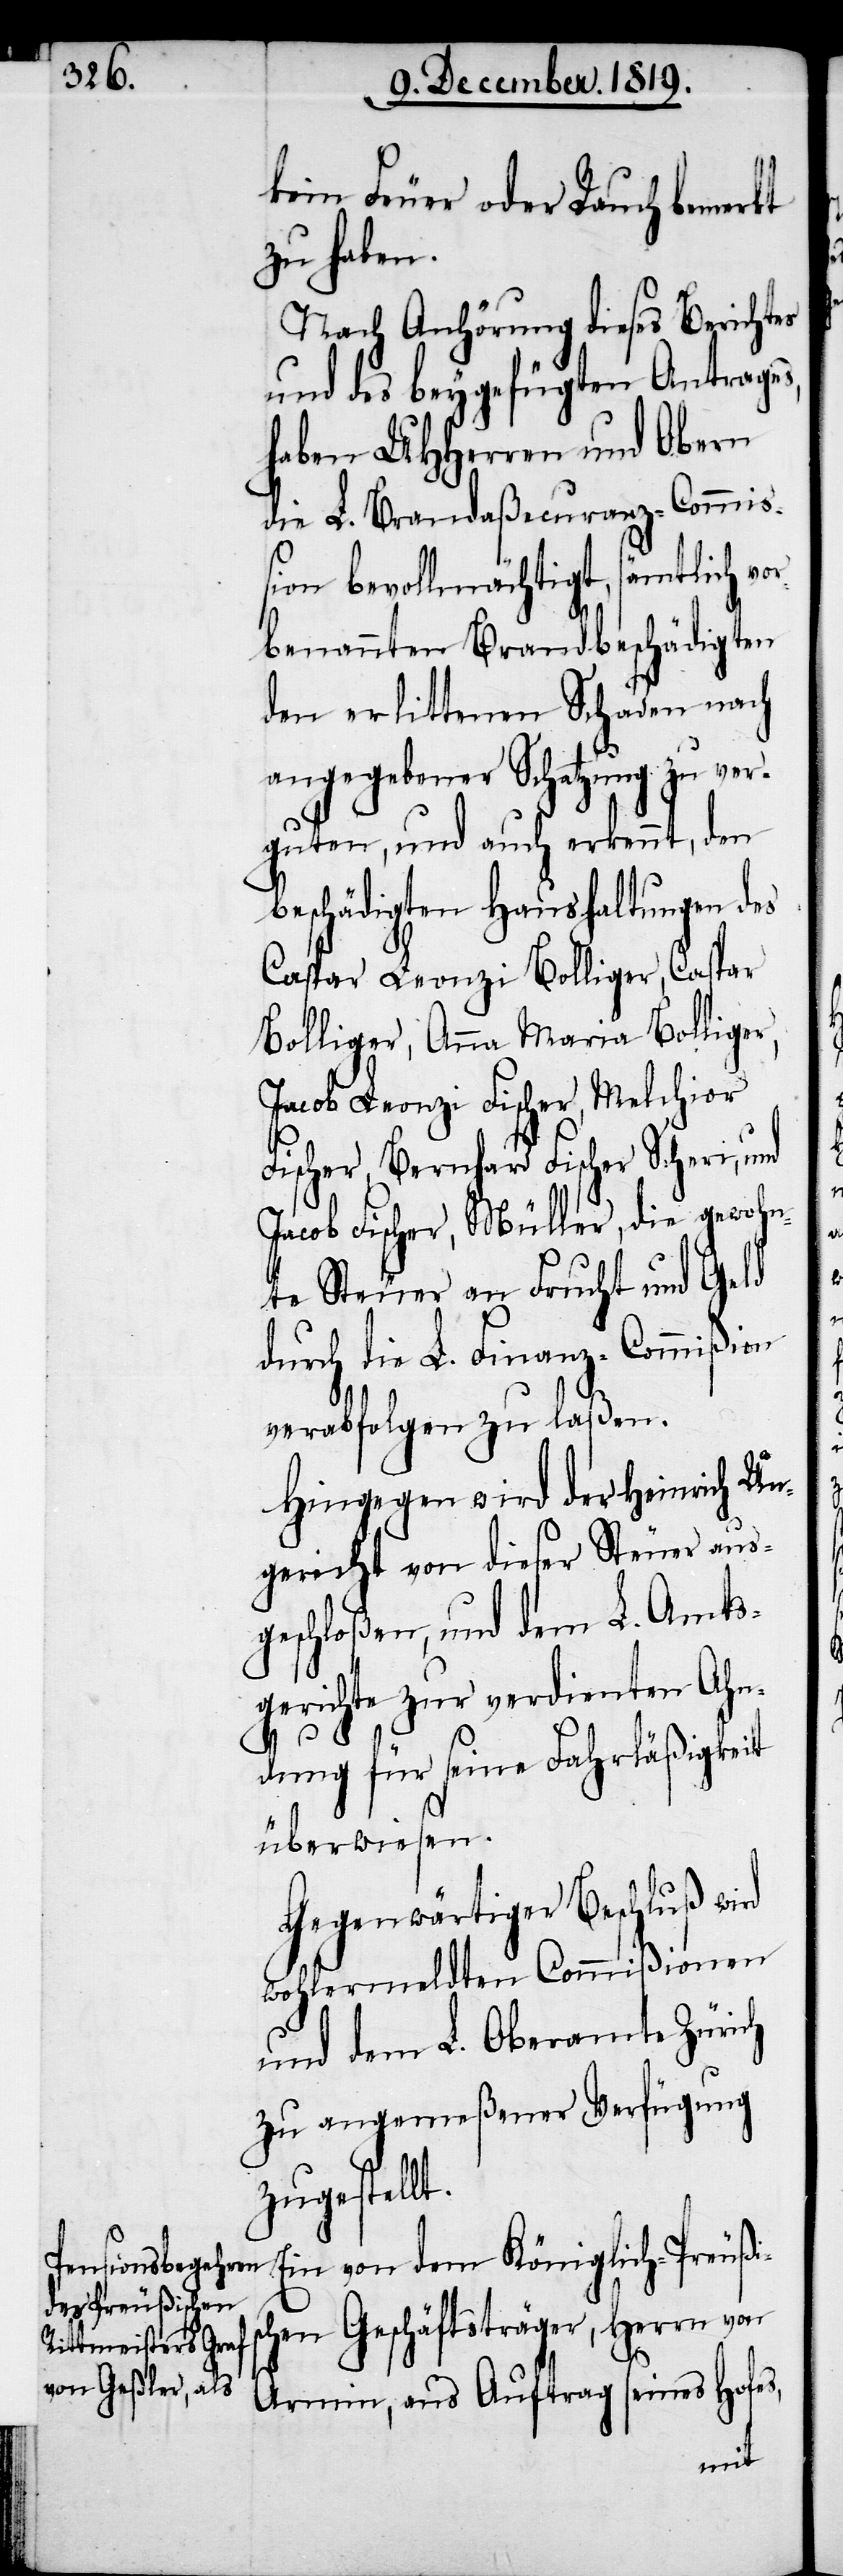
kein Feuer oder Rauch bemerkt
zu haben.
Nach Anhörung dieses Berichtes
und des beygefügten Antrages,
haben UHHerren und Obern
die L. Brandaßecuranz-Commiß¬
ion bevollmächtigt, sämtlich v¬
benannten Brandbeschädigten
den erlittenen Schaden nach
angegebener Schatzung zu ver¬
guten, und auch erkennt, den
beschädigten Haushaltungen des
Caspar Leonzi Bolliger, Caspar
Bolliger, Anna Maria Bolliger,
Jacob Leonzi Fischer, Melchior
Fischer, Bernhard Fischer Scheri, und
Jacob Fischer, Müller, die gewohn¬
te Steuer an Frucht und Geld
durch die L. Finanz-Commißion
verabfolgen zu laßen.
Hingegen wird der Heinrich Un¬
gericht von dieser Steuer aus¬
geschloßen, und dem L. Amts¬
gerichte zur verdienten Ahn¬
dung für seine Fahrläßigkeit
überwiesen.
Gegenwärtiger Beschluß wird
wohlermeldten Commißionen
und dem L. Oberamte Zürich
zu angemeßener Verfügung
zugestellt.
Ein von dem Königlich-Preußi¬
chen Geschäftsträger, Herrn von
s¬
Armin, aus Auftrag seines Hofes,